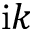
\mathrm { i } k